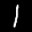
Label: 1